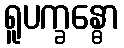
ရူပက္ခန္ဓော